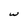
Character: w